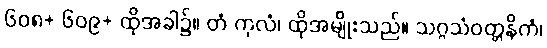
၆၀၈+ ၆၀၉+ ထိုအခါ၌။ တံ ကုလံ၊ ထိုအမျိုးသည်။ သဂ္ဂသံဝတ္တနိကံ၊